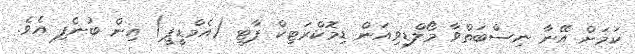
ކަމަށް އޭނާ ނިސްބަތްވާ މޯލްޑިވިއަން ޑިމޮކްރަޓިކް ޕާޓީ (އެމްޑީޕީ) އިން ބުނެފި އެވެ.